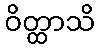
ဝိတ္ထာသိ